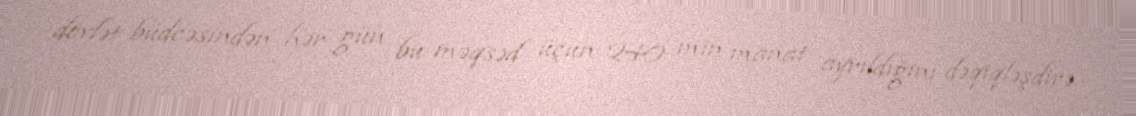
dövlət büdcəsindən hər gün bu məqsəd üçün 240 min manat ayrıldığını dəqiqləşdirə